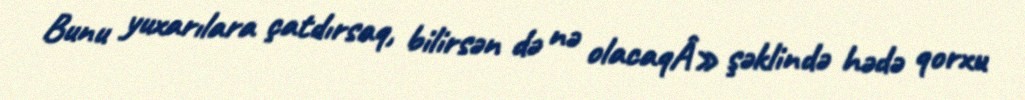
Bunu yuxarılara çatdırsaq, bilirsən də nə olacaqÂ» şəklində hədə qorxu